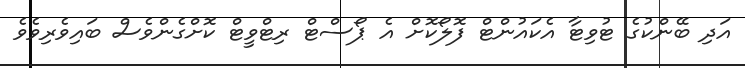
އަދި ބޭންކުގެ ޓުވިޓާ އެކައުންޓް ފޮލޯކޮށް އެ ޕޯސްޓް ރިޓްވީޓް ކޮށްގެންވެސް ބައިވެރިވެވެ